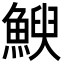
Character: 𮫿